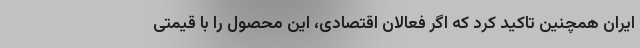
ایران همچنین تاکید کرد که اگر فعالان اقتصادی، این محصول را با قیمتی